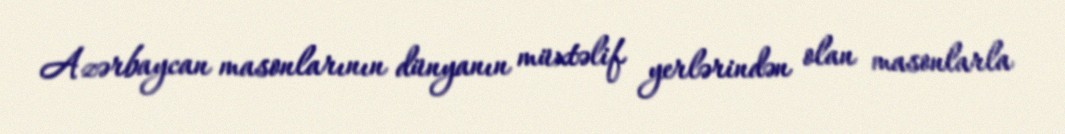
Azərbaycan masonlarının dünyanın müxtəlif yerlərindən olan masonlarla